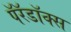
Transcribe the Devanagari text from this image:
पॅरॅडॉक्स